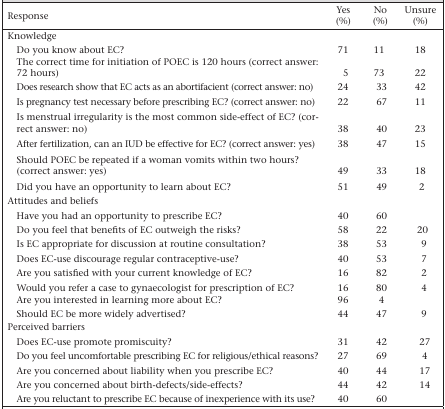
<table><thead><tr><td><b>Response</b></td><td><b>Yes (%)</b></td><td><b>No (%)</b></td><td><b>Unsure (%)</b></td></tr></thead><tbody><tr><td>Knowledge</td><td></td><td></td><td></td></tr><tr><td>Do you know about EC?</td><td>71</td><td>11</td><td>18</td></tr><tr><td>The correct time for initiation of POEC is 120 hours (correct answer: 72 hours)</td><td>5</td><td>73</td><td>22</td></tr><tr><td>Does research show that EC acts as an abortifacient (correct answer: no)</td><td>24</td><td>33</td><td>42</td></tr><tr><td>Is pregnancy test necessary before prescribing EC? (correct answer: no)</td><td>22</td><td>67</td><td>11</td></tr><tr><td>Is menstrual irregularity is the most common side-effect of EC? (correct answer: no)</td><td>38</td><td>40</td><td>23</td></tr><tr><td>After fertilization, can an IUD be effective for EC? (correct answer: yes)</td><td>38</td><td>47</td><td>15</td></tr><tr><td>Should POEC be repeated if a woman vomits within two hours? (correct answer: yes)</td><td>49</td><td>33</td><td>18</td></tr><tr><td>Did you have an opportunity to learn about EC?</td><td>51</td><td>49</td><td>2</td></tr><tr><td>Attitudes and beliefs</td><td></td><td></td><td></td></tr><tr><td>Have you had an opportunity to prescribe EC?</td><td>40</td><td>60</td><td></td></tr><tr><td>Do you feel that benefits of EC outweigh the risks?</td><td>58</td><td>22</td><td>20</td></tr><tr><td>Is EC appropriate for discussion at routine consultation?</td><td>38</td><td>53</td><td>9</td></tr><tr><td>Does EC-use discourage regular contraceptive-use?</td><td>40</td><td>53</td><td>7</td></tr><tr><td>Are you satisfied with your current knowledge of EC?</td><td>16</td><td>82</td><td>2</td></tr><tr><td>Would you refer a case to gynaecologist for prescription of EC?</td><td>16</td><td>80</td><td>4</td></tr><tr><td>Are you interested in learning more about EC?</td><td>96</td><td>4</td><td></td></tr><tr><td>Should EC be more widely advertised?</td><td>44</td><td>47</td><td>9</td></tr><tr><td>Perceived barriers</td><td></td><td></td><td></td></tr><tr><td>Does EC-use promote promiscuity?</td><td>31</td><td>42</td><td>27</td></tr><tr><td>Do you feel uncomfortable prescribing EC for religious/ethical reasons?</td><td>27</td><td>69</td><td>4</td></tr><tr><td>Are you concerned about liability when you prescribe EC?</td><td>40</td><td>44</td><td>17</td></tr><tr><td>Are you concerned about birth-defects/side-effects?</td><td>44</td><td>42</td><td>14</td></tr><tr><td>Are you reluctant to prescribe EC because of inexperience with its use?</td><td>40</td><td>60</td><td></td></tr></tbody></table>